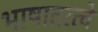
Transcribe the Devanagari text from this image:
भाषातत्त्वे